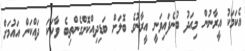
އެކަމަކު އީރާނުން މިއަދު ބުނެފައިވަނީ އީރާނުގެ ބޮލަށް ބަޑިދިއްކޮށްގެންތިބެ ވާހަކަ ދައްކަން އައުމަށް